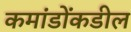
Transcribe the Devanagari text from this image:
कमांडोंकडील